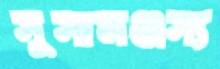
সুসামঞ্জস্য